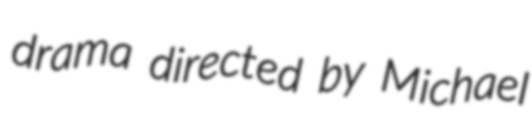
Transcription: drama directed by Michael